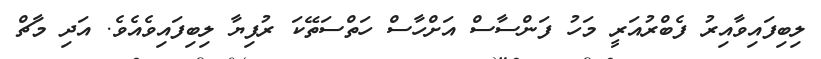
ލިބިފައިވާއިރު ފެބްރުއަރީ މަހު ފަންސާސް އަށްހާސް ހަތްސަތޭކަ ރުފިޔާ ލިބިފައިވެއެވެ. އަދި މާޗް